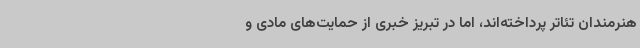
هنرمندان تئاتر پرداخته‌اند، اما در تبریز خبری از حمایت‌های مادی و